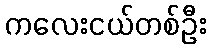
ကလေးငယ်တစ်ဦး